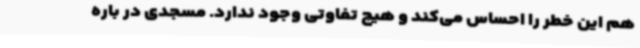
هم این خطر را احساس می‌کند و هیچ تفاوتی وجود ندارد. مسجدی در باره